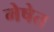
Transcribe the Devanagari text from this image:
मेषेत